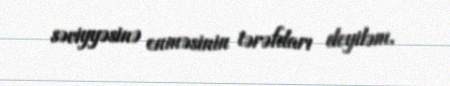
səviyyəsinə enməsinin tərəfdarı deyiləm.